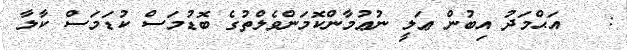
:   އަޙްމަދު އިބުން ޢަލީ ނުޢުމާންކޮމަންވެލްތުގެ ބޮޑުމަސް ކުޑަމަސް ކާލާ